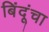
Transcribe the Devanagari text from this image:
बिंदूंचा